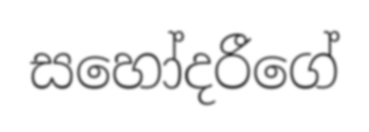
සහෝදරීගේ